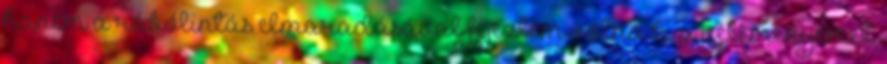
hanem a rábólintás elmaradásával fejeztem volna ki a véleményemet.